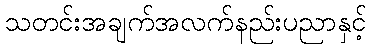
သတင်းအချက်အလက်နည်းပညာနှင့်